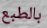
بالطبع